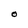
Character: O